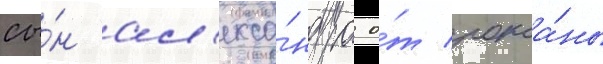
сы́н ал'екса́ндра о́т рокса́ны